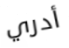
أدري